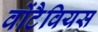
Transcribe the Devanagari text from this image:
वोंटैवियस